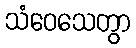
သံဝေသေတွာ